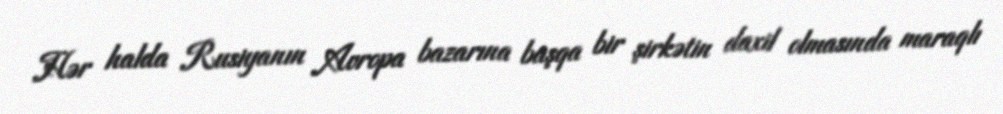
Hər halda Rusiyanın Avropa bazarına başqa bir şirkətin daxil olmasında maraqlı